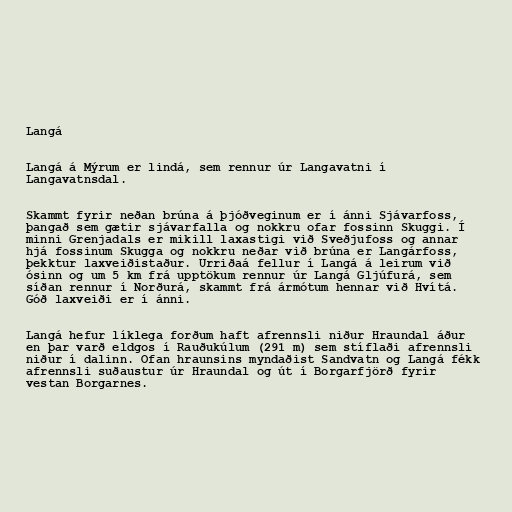
Langá

Langá á Mýrum er lindá, sem rennur úr Langavatni í
Langavatnsdal.

Skammt fyrir neðan brúna á þjóðveginum er í ánni Sjávarfoss,
þangað sem gætir sjávarfalla og nokkru ofar fossinn Skuggi. Í
minni Grenjadals er mikill laxastigi við Sveðjufoss og annar
hjá fossinum Skugga og nokkru neðar við brúna er Langárfoss,
þekktur laxveiðistaður. Urriðaá fellur í Langá á leirum við
ósinn og um 5 km frá upptökum rennur úr Langá Gljúfurá, sem
síðan rennur í Norðurá, skammt frá ármótum hennar við Hvítá.
Góð laxveiði er í ánni.

Langá hefur líklega forðum haft afrennsli niður Hraundal áður
en þar varð eldgos í Rauðukúlum (291 m) sem stíflaði afrennsli
niður í dalinn. Ofan hraunsins myndaðist Sandvatn og Langá fékk
afrennsli suðaustur úr Hraundal og út í Borgarfjörð fyrir
vestan Borgarnes.